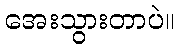
အေးသွားတာပဲ။